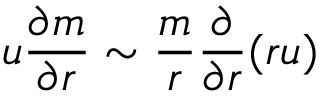
u \frac { \partial m } { \partial r } \sim \frac { m } { r } \frac { \partial } { \partial r } ( r u )